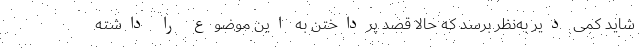
شاید کمی دیر به‌نظر برسد که حالا قصد پرداختن به این موضوع را داشته